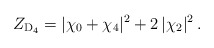
\begin{align*}Z_{\mathrm{D}_4} = |\chi_0+\chi_4|^2 + 2\,|\chi_2|^2 \,.\end{align*}